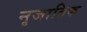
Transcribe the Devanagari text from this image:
नृजातिक